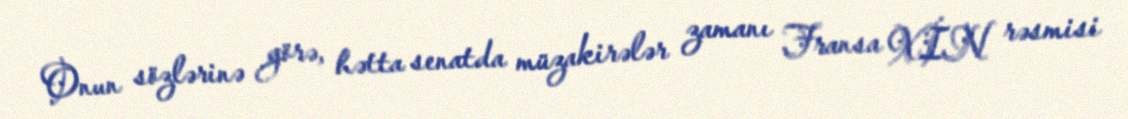
Onun sözlərinə görə, hətta senatda müzakirələr zamanı Fransa XİN rəsmisi